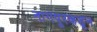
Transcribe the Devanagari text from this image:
नागपूरकडून